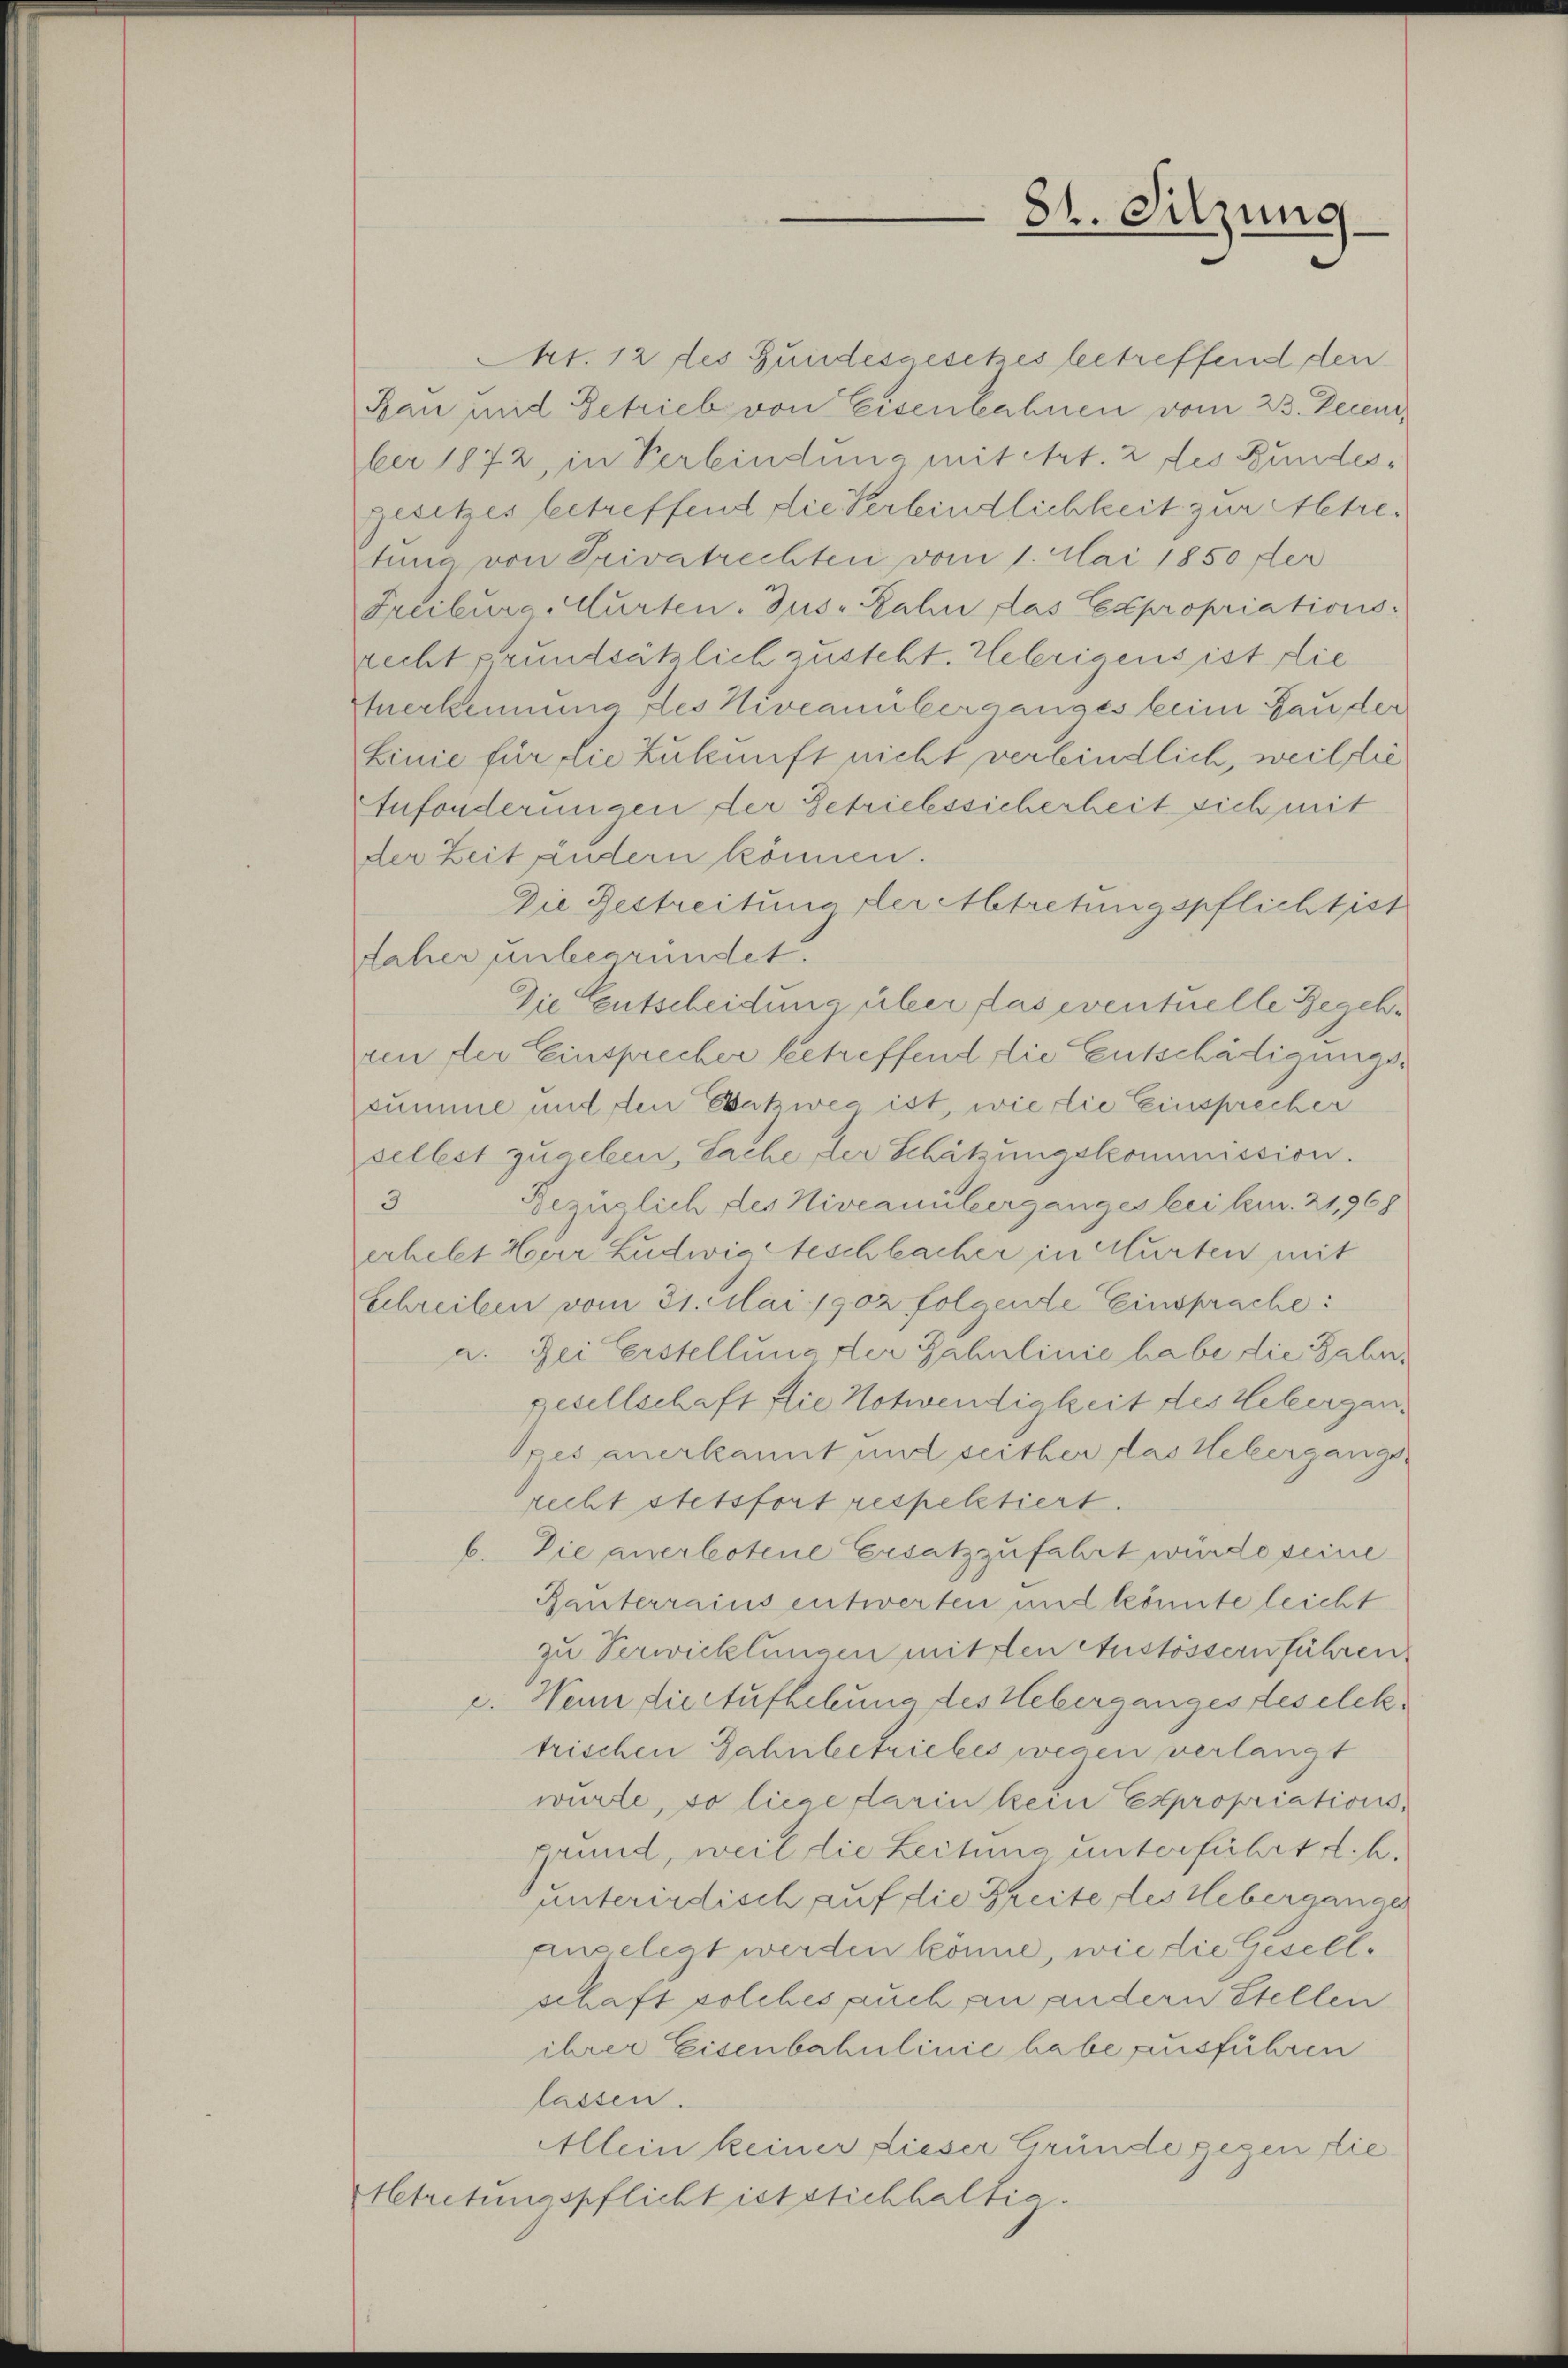
recht grundsätzlich zusteht. Uebrigens ist die
Anerkennung des Niveauüberganges beim Gauder
Linie für die Zukunft nicht verbindlich, weil die
tufonderungen der Getriebssicherheit sich mit
der Zeit ändern können.
Die Bestreitung der Abtretungspflichtist
Jaher unbegründet.
Die Entscheidung über das eventuelle Begehren der Einsprecher betreffend die Entschädigungssumme mit den Batweg ist, wie die Einsprecher
selbst zugeben, Sache der Schätzungskommission.
3
Bezüglich des Niveauüberganges bei kn. 21968
erhebt Herr Ludwigsteschlacher in Murten mit
Schreiben vom 31. Mai 1902 folgende Einsprache:
a. Bei Erstellung der Fahrlinie habe die Fahrgesellschaft die Notwendigkeit des Webergan¬
Opes anerkannt und seither das Uebergangs
recht stetsfort respektiert.
b. Die anerbotene Ersatzzufahrt würde seine
Ranterrains entwerten und könnte leicht
zu Verwicklungen mit den Anstössern führen
c. Wenn die Aufhebung des Ueberganges des elektrischen Sahnbetriebes wegen verlangt
würde, so liege darin kein Expropriations,
grund, weil die Zeitung unterführt d. h.
unterirdisch auf die Breite des Ueberganges
angelegt werden könne, wie die Gesellschaft solches auch, an andern Stellen
ihrer Eisenbahnlinie habe ausführen
lassen.
Allein keiner dieser Gründe gegen die
Abtretungspflichtichstichhaltia.

Mt. 12 des Fundesgesetzes betreffend den
an und Getrieb von Eisenbahnen vom 23. Decen
ber 1872, in Verbindung mit Art. 2 des Bundesgesetzes betreffend die Verbindlichkeit zur Abtretung von Privatrechten vom 1. Mai 1850 der
Freiburg Murten. Jus Zahn das Expropriations-

84. Sitzung